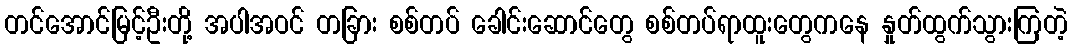
တင်အောင်မြင့်ဦးတို့ အပါအဝင် တခြား စစ်တပ် ခေါင်းဆောင်တွေ စစ်တပ်ရာထူးတွေကနေ နှုတ်ထွက်သွားကြတဲ့